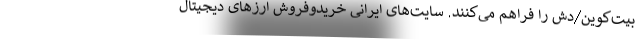
بیت‌کوین/دش را فراهم می‌کنند. سایت‌های ایرانی خریدوفروش ارزهای دیجیتال